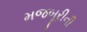
મજબૂરીની